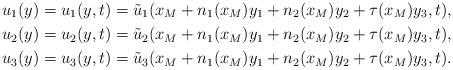
LaTeX: \begin{align*} u_1(y)&=u_1(y,t)=\tilde u_1(x_M+n_1(x_M)y_1+n_2(x_M)y_2+\tau(x_M)y_3,t),\\ u_2(y)&=u_2(y,t)=\tilde u_2(x_M+n_1(x_M)y_1+n_2(x_M)y_2+\tau(x_M)y_3,t),\\ u_3(y)&=u_3(y,t)=\tilde u_3(x_M+n_1(x_M)y_1+n_2(x_M)y_2+\tau(x_M)y_3,t).\end{align*}